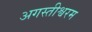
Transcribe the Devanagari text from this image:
अगस्तीश्वरम